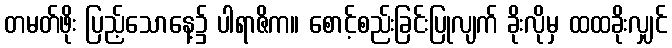
တမတ်ဖိုး ပြည့်သောနေ့၌ ပါရာဇိက။ စောင့်စည်းခြင်းပြုလျက် ခိုးလိုမှ ထထခိုးလျှင်